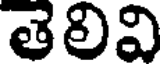
తెలివి